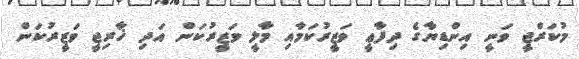
މުކަރްޖީ ވަނީ އިންޑިޔާގެ ދިފާޢީ ވަޒީރުކަމާއި މާލީ ވަޒީރުކަން އަދި ޚާރިޖީ ވަޒީރުކަން